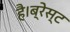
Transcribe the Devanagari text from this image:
है।ब्रेस्ट